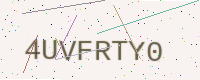
Text: 4UVFRTY0